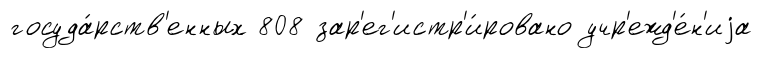
госуда́рств'енных 808 зар'ег'истр'и́ровано учр'ежд'е́н'иjа